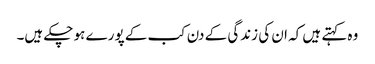
وہ کہتے ہیں کہ ان کی زندگی کے دن کب کے پورے ہو چکے ہیں۔